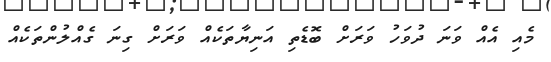
މެއި އެއް ވަނަ ދުވަހު ވަރަށް ބޮޑެތި އަނިޔާތަކެއް ވަރަށް ގިނަ ގެއްލުންތަކެއް